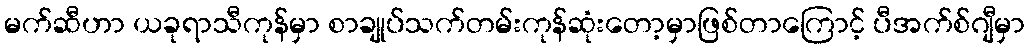
မက်ဆီဟာ ယခုရာသီကုန်မှာ စာချုပ်သက်တမ်းကုန်ဆုံးတော့မှာဖြစ်တာကြောင့် ပီအက်စ်ဂျီမှာ